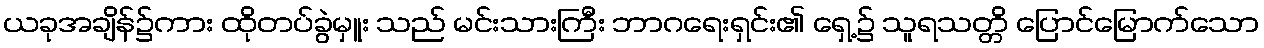
ယခုအချိန်၌ကား ထိုတပ်ခွဲမှူး သည် မင်းသားကြီး ဘာဂရေးရှင်း၏ ရှေ့၌ သူရသတ္တိ ပြောင်မြောက်သော